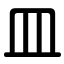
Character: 皿